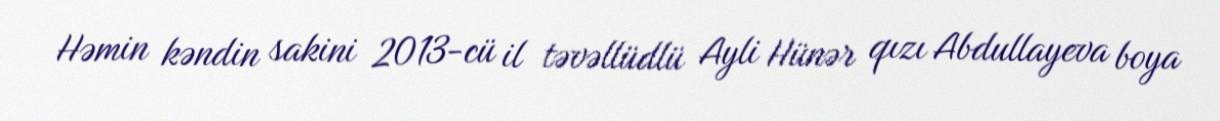
Həmin kəndin sakini 2013-cü il təvəllüdlü Ayli Hünər qızı Abdullayeva boya